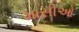
માસીઓ